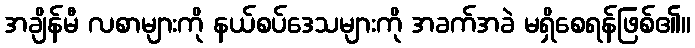
အချိန်မီ လစာများကို နယ်စပ်ဒေသများကို အခက်အခဲ မရှိစေရန်ဖြစ်၏။